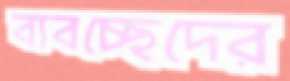
ব্যবচ্ছেদের